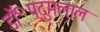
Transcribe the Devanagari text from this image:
डॉ॰पदुमलाल